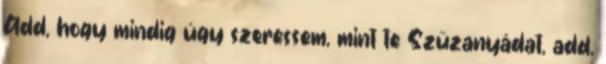
Add, hogy mindig úgy szeressem, mint te Szűzanyádat, add,